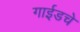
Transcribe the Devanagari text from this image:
गाईडचे